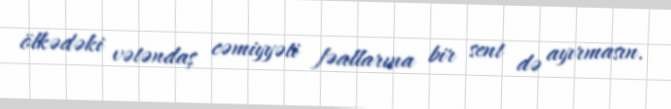
ölkədəki vətəndaş cəmiyyəti fəallarına bir sent də ayırmasın.